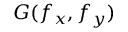
G ( f _ { x } , f _ { y } )